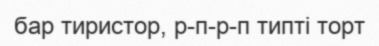
бар тиристор, р-п-р-п типті торт